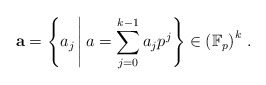
\begin{align*}\mathbf{a}& = \left\{a_j \,\middle|\, a = \sum_{j=0}^{k-1} a_j p^j \right\} \in \left( \mathbb{F}_p \right)^k\,.\end{align*}